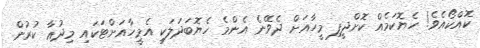
ކޮއްކޯއެވެ! ހެޔޮކަމެއް ކޮށްދީފި މީހާއަށް ދެވޭނެ އެންމެ ހެޔޮބަދަލަކީ އެމީހާއަށްޓަކައި މިދުޢާ ކުރުން